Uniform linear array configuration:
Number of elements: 16
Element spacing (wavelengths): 0.5
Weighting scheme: kaiser
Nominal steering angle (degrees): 60
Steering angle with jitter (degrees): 59.165
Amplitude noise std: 0.05
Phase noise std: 0.05

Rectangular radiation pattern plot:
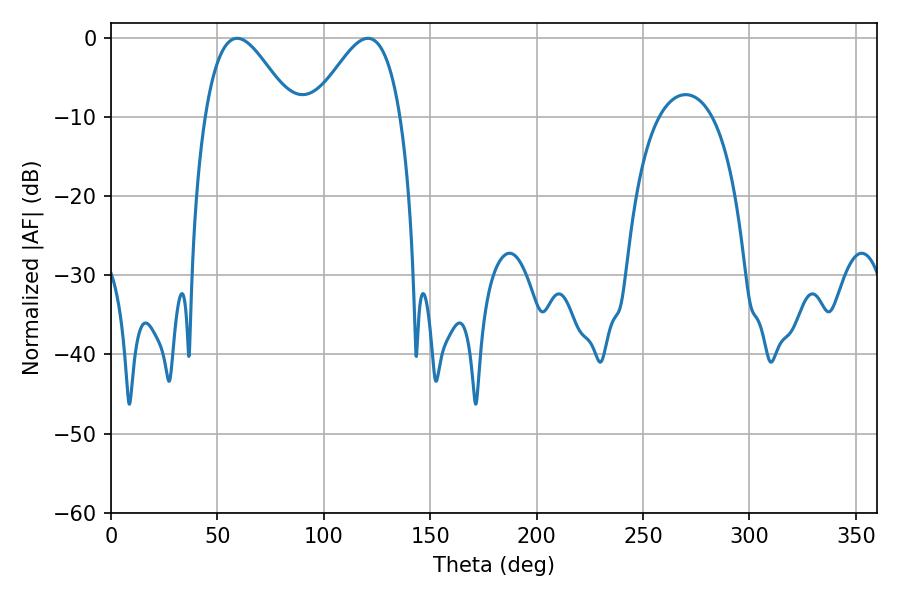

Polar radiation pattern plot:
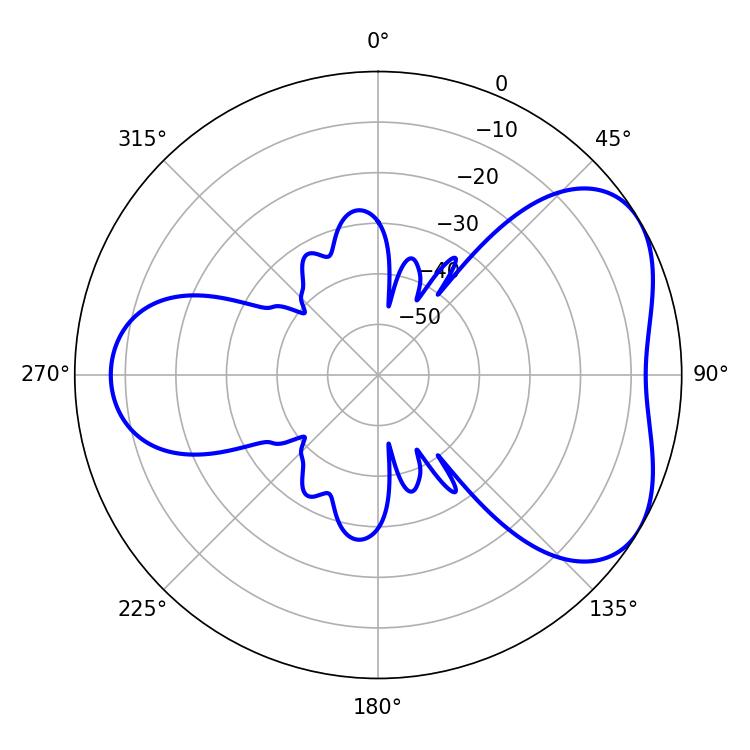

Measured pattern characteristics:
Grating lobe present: FALSE
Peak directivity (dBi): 4.732
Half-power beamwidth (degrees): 21.96
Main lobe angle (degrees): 59.22